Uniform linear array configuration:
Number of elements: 64
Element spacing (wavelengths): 0.5
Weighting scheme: uniform
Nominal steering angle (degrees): -45
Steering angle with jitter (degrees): -43.425
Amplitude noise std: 0.05
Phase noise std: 0.05

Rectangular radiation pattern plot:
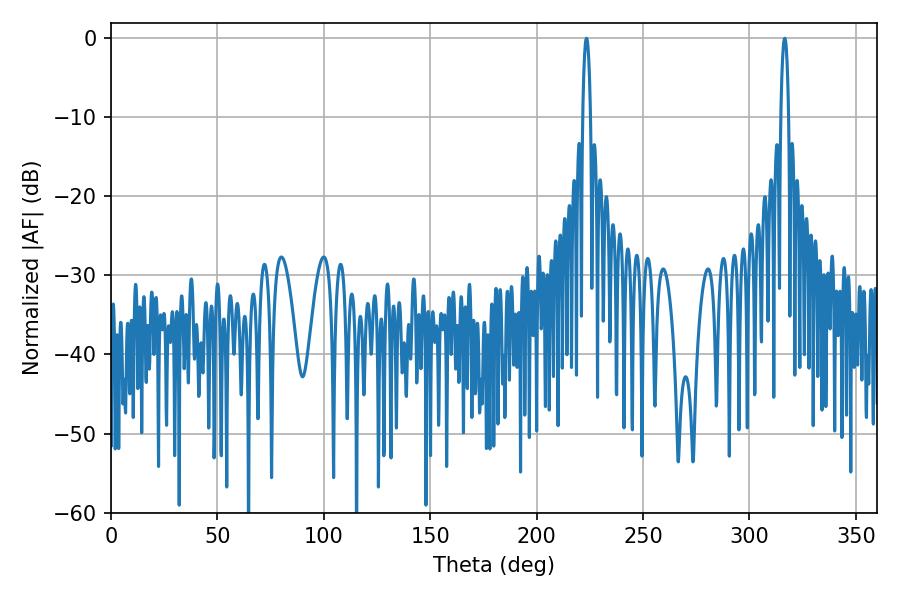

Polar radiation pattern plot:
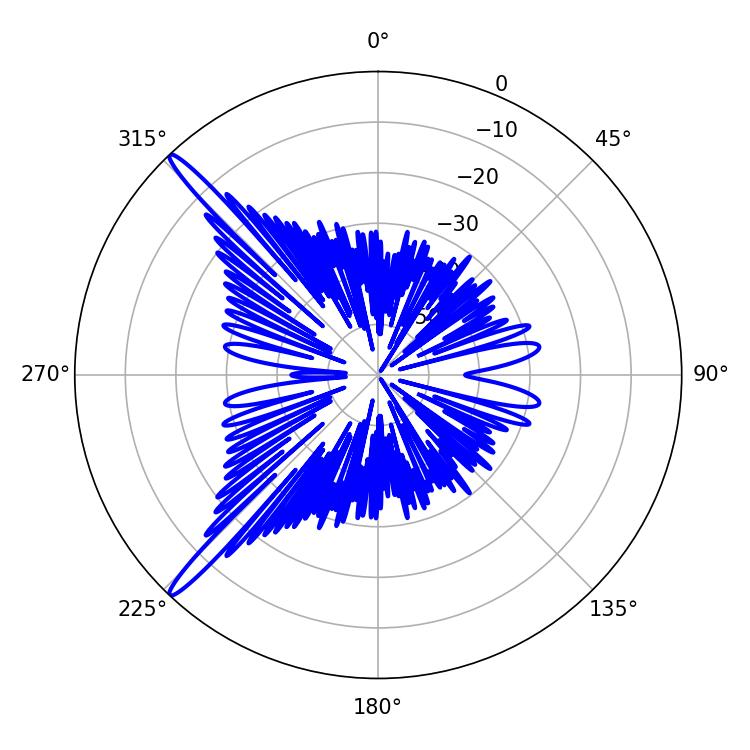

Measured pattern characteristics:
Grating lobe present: FALSE
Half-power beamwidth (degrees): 1.98
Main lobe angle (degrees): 223.38